Report on the lunatic asylums under the Government of Bombay - 1904-1913
Year: 1904
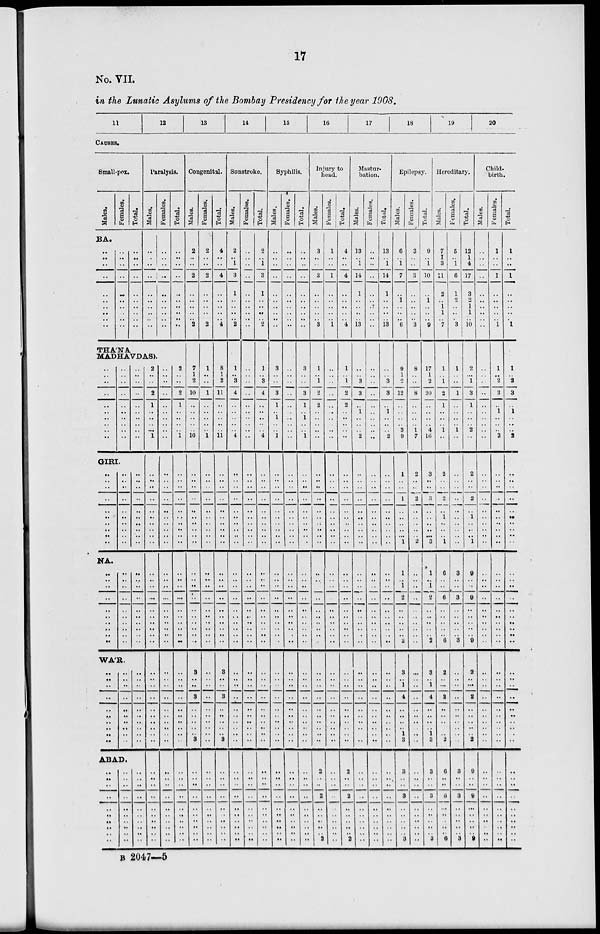
17
No. VII.
in the Lunatic Asylums of the Bombay Presidency for the year 1908.
11
12
13
14
15
16
17
18
19
20
CAUSES.
Small-pox.
Males.
Females.
Total.
BA.
..
..
..
..
..
..
..
..
..
..
..
..
..
..
..
..
..
..
..
..
..
..
..
..
..
..
..
..
..
..
Paralysis.
Males.
..
..
..
..
..
..
..
..
..
..
Females.
..
..
..
..
..
..
..
..
..
..
Total.
..
..
..
..
..
..
..
..
..
..
THA'NA
MADHAVDAS).
..
..
..
..
..
..
..
..
..
..
..
..
..
..
..
..
..
..
..
..
..
..
..
..
..
..
..
..
..
..
GIRI.
..
..
..
..
..
..
..
..
..
..
..
..
..
..
..
..
..
..
..
..
..
..
..
..
..
..
..
..
..
..
NA.
..
..
..
..
..
..
..
..
..
..
..
..
..
..
..
..
..
..
..
..
..
..
..
..
..
..
..
..
..
..
WA'R.
..
..
..
..
..
..
..
..
..
..
..
..
..
..
..
..
..
..
..
..
..
..
..
..
..
..
..
ABAD.
..
..
..
..
..
..
..
..
..
..
..
..
..
..
..
..
..
..
..
..
..
..
..
..
..
..
..
..
..
..
2
..
..
2
1
..
..
..
.. 1
..
..
..
..
..
..
..
..
..
..
..
..
..
..
..
..
..
..
..
..
..
..
..
..
..
..
..
..
..
..
..
..
..
..
..
..
..
..
..
..
..
..
..
..
..
..
..
..
..
..
..
..
..
..
..
..
..
..
..
..
..
..
..
..
..
..
..
..
..
..
..
..
..
..
..
..
..
..
..
..
..
..
..
..
..
..
..
..
2
..
..
2
1
..
..
..
.. 1
..
..
..
..
..
..
..
..
..
..
..
..
..
..
..
..
..
..
..
..
..
..
..
..
..
..
..
..
..
..
..
..
..
..
..
..
..
..
..
Congenital.
Males.
2
..
..
2
..
..
..
..
.. 2
7
1
2
10
..
..
..
..
..
10
..
..
..
..
..
..
..
..
..
..
..
..
..
..
..
..
..
..
..
..
3
..
..
3
..
..
..
..
3
..
..
..
..
..
..
..
..
..
..
Females.
2
..
..
2
..
..
..
..
.. 2
1
..
..
1
..
..
..
..
.. 1
..
..
..
..
..
..
..
..
..
..
..
..
..
..
..
..
..
..
..
..
..
..
..
..
..
..
..
..
..
..
..
..
..
..
..
..
..
..
..
Total.
4
..
..
4
..
..
..
..
.. 4
8
1
2
11
..
..
..
..
..
11
..
..
..
..
..
..
..
..
..
..
..
..
..
..
..
..
..
..
..
..
3
..
..
3
..
..
..
..
3
..
..
..
..
..
..
..
..
..
..
Sunstroke.
Males.
2
..
1
3
1
..
..
..
.. 2
1
..
3
4
..
..
..
..
.. 4
..
..
..
..
..
..
..
..
..
..
..
..
..
..
..
..
..
..
..
..
..
..
..
..
..
..
..
..
..
..
..
..
..
..
..
..
..
..
..
Females.
..
..
..
..
..
..
..
..
..
..
..
..
..
..
..
..
..
..
..
..
..
..
..
..
..
..
..
..
..
..
..
..
..
..
..
..
..
..
..
..
..
..
..
..
..
..
..
..
..
..
..
..
..
..
..
..
..
..
..
Total.
2
..
1
3
1
..
..
..
.. 2
1
..
3
4
..
..
..
..
.. 4
..
..
..
..
..
..
..
..
..
..
..
..
..
..
..
..
..
..
..
..
..
..
..
..
..
..
..
..
..
..
..
..
..
..
..
..
..
..
..
Syphilis.
Males.
..
..
..
..
..
..
..
..
..
..
3
..
..
3
1
..
1
..
.. 1
..
..
..
..
..
..
..
..
..
..
..
..
..
..
..
..
..
..
..
..
..
..
..
..
..
..
..
..
..
..
..
..
..
..
..
..
..
..
..
Females.
..
..
..
..
..
..
..
..
..
..
..
..
..
..
..
..
..
..
..
..
..
..
..
..
..
..
..
..
..
..
..
..
..
..
..
..
..
..
..
..
..
..
..
..
..
..
..
..
..
..
..
..
..
..
..
..
..
..
..
Total.
..
..
..
..
..
..
..
..
..
..
3
..
..
3
1
..
1
..
.. 1
..
..
..
..
..
..
..
..
..
..
..
..
..
..
..
..
..
..
..
..
..
..
..
..
..
..
..
..
..
..
..
..
..
..
..
..
..
..
..
Injury to
head.
Males.
3
..
..
3
..
..
..
..
.. 3
..
1
..
1
2
2
..
..
..
..
..
..
..
..
..
..
..
..
..
..
..
..
..
..
..
..
..
..
..
..
..
..
..
..
..
..
..
..
..
..
..
2
..
..
2
..
..
..
..
..
2
Females.
1
..
..
1
..
..
..
..
.. 1
..
..
..
..
..
..
..
..
..
..
..
..
..
..
..
..
..
..
..
..
..
..
..
..
..
..
..
..
..
..
..
..
..
..
..
..
..
..
..
..
..
..
..
..
..
..
..
..
..
..
..
Total.
4
..
..
4
..
..
..
..
.. 4
..
1
..
1
2
2
..
..
..
..
..
..
..
..
..
..
..
..
..
..
..
..
..
..
..
..
..
..
..
..
..
..
..
..
..
..
..
..
..
..
..
2
..
..
2
..
..
..
..
..
2
Mastur-
bation.
Males.
13
..
1
14
1
..
..
..
.. 13
..
..
..
3
3
..
1
..
..
.. 2
..
..
..
..
..
..
..
..
..
..
..
..
..
..
..
..
..
..
..
..
..
..
..
..
..
..
..
..
..
..
..
..
..
..
..
..
..
..
..
..
Females.
..
..
..
..
..
..
..
..
..
..
..
..
..
..
..
..
..
..
..
..
..
..
..
..
..
..
..
..
..
..
..
..
..
..
..
..
..
..
..
..
..
..
..
..
..
..
..
..
..
..
..
..
..
..
..
..
..
..
..
..
..
Total.
13
..
1
14
1
..
..
..
.. 13
..
..
..
3
3
..
1
..
..
.. 2
..
..
..
..
..
..
..
..
..
..
..
..
..
..
..
..
..
..
..
..
..
..
..
..
..
..
..
..
..
..
..
..
..
..
..
..
..
..
..
..
Epilepsy.
Males.
6
..
1
7
..
1
..
..
.. 6
..
9
1
..
12
..
..
..
..
3
9
1
..
..
1
..
..
..
..
..
1
1
..
1
2
..
..
..
..
..
2
3
..
1
4
..
..
..
1
3
..
3
..
..
3
..
..
..
..
..
3
Females.
3
..
..
3
..
..
..
..
.. 3
..
8
..
..
8
..
..
..
..
1
7
2
..
..
2
..
..
..
..
..
2
..
..
..
..
..
..
..
..
..
..
..
..
..
..
..
..
..
..
..
..
..
..
..
..
..
..
..
..
..
..
Total.
9
..
1
10
..
1
..
..
.. 9
..
17
1
2
20
..
..
..
..
4
16
3
..
..
3
..
..
..
..
..
3
1
..
1
2
..
..
..
..
..
2
3
..
1
4
..
..
..
1
3
..
3
..
..
3
..
..
..
..
..
3
Hereditary.
Males.
7
1
3
11
2
..
1
1
.. 7
..
1
..
1
2
1
..
..
..
1
..
2
..
..
2
..
1
..
..
..
1
6
..
..
6
..
..
..
..
..
6
2
..
...
2
..
..
..
..
2
..
6
..
..
6
..
..
..
..
..
6
Females.
5
..
1
6
1
2
..
..
.. 3
..
1
..
..
1
..
..
..
..
1
..
..
..
..
..
..
..
..
..
..
..
3
..
..
3
..
..
..
..
..
3
..
..
..
..
..
..
..
..
..
..
3
..
..
3
..
..
..
..
..
3
Total.
12
1
4
17
3
2
1
1
.. 10
..
2
..
1
3
1
..
..
..
2
..
2
..
..
2
..
1
..
..
..
1
9
..
..
9
..
..
..
..
..
9
2
..
..
2
..
..
..
..
2
..
9
..
..
9
..
..
..
..
..
9
Child-
birth.
Males.
..
..
..
..
..
..
..
..
..
..
..
..
..
..
..
..
..
..
..
..
..
..
..
..
..
..
..
..
..
..
..
..
..
..
..
..
..
..
..
..
..
..
..
..
..
..
..
..
..
..
..
..
..
..
..
..
..
..
..
..
..
Females.
1
..
..
1
..
..
..
..
.. 1
..
1
..
2
3
..
1
..
..
.. 2
..
..
..
..
..
..
..
..
..
..
..
..
..
..
..
..
..
..
..
..
..
..
..
..
..
..
..
..
..
..
..
..
..
..
..
..
..
..
..
..
Total.
1
..
..
1
..
..
..
..
..
1
..
1
..
2
3
..
1
..
..
.. 2
..
..
..
..
..
..
..
..
..
..
..
..
..
..
..
..
..
.. ..
..
..
..
..
..
..
..
..
..
..
..
..
..
..
..
..
..
..
..
..
..
B 2047—5